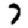
Digit: 7